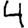
Digit: 4